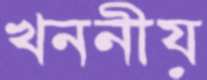
খননীয়